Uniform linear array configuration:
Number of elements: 16
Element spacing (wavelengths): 0.25
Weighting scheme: hamming
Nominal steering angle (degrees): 45
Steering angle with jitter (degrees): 43.046
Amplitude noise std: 0.05
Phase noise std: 0.05

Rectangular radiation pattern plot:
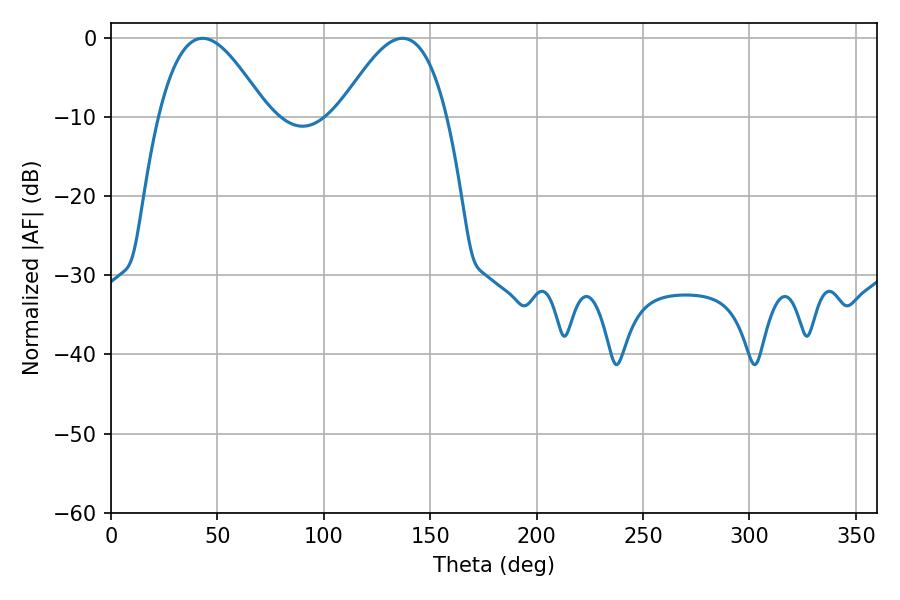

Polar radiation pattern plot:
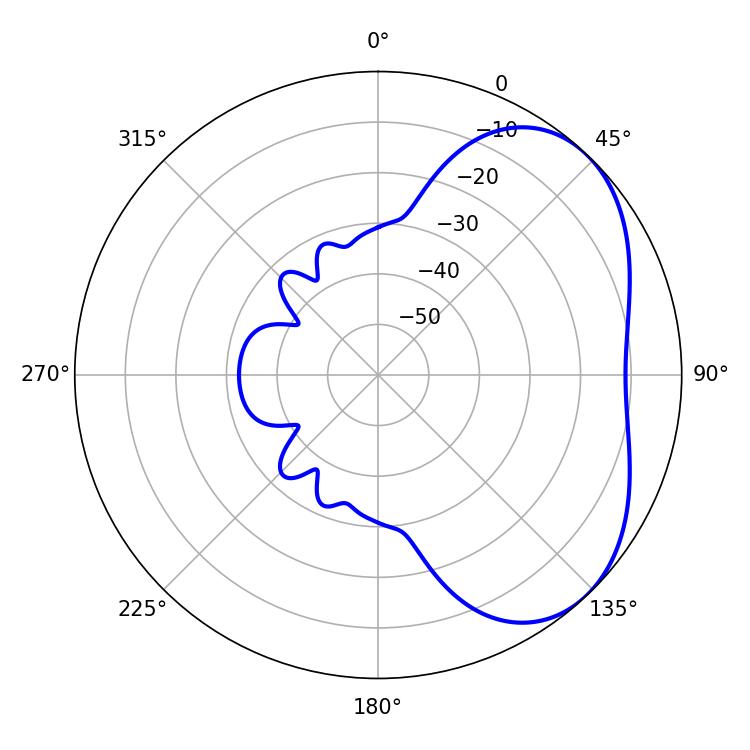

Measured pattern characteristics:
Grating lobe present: FALSE
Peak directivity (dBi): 4.121
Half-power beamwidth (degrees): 27.54
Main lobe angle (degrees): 43.02